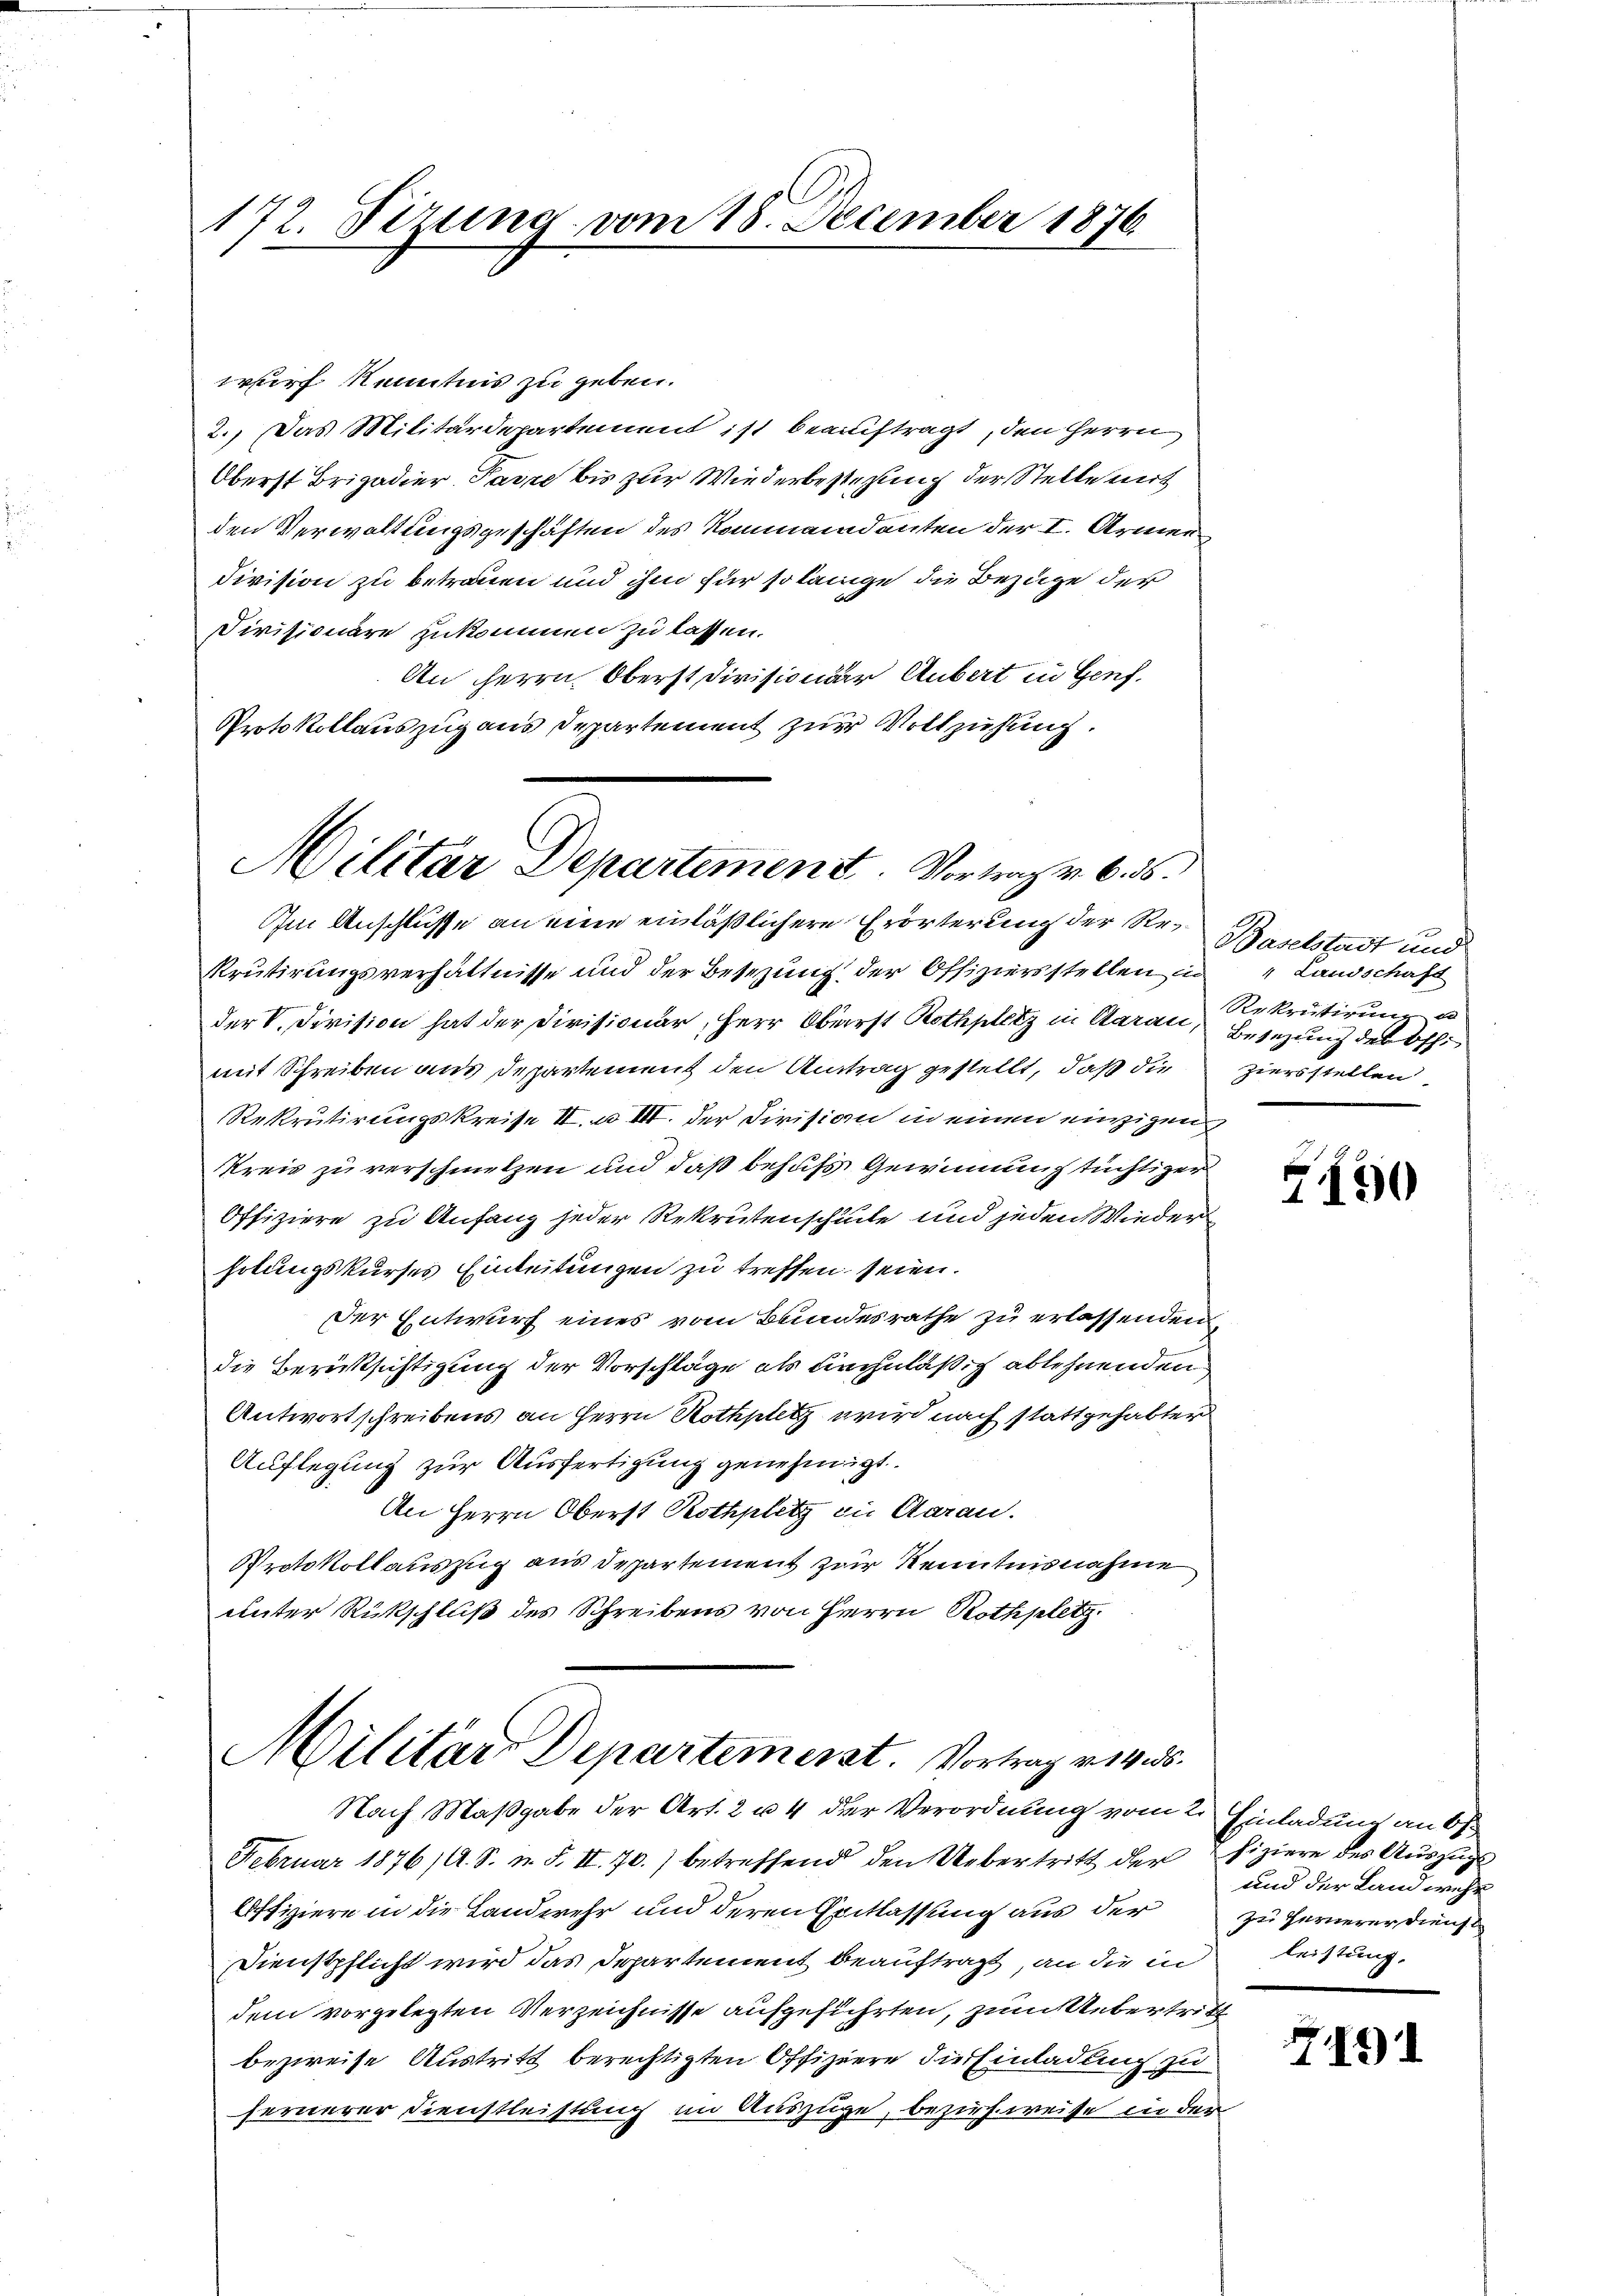
172. Tizung vom 18. December 1876

wurf kenntnis zu geben.
2.) Das Militärdepartement ist beauftragt, den Herrn
Oberst Brigadier Parre bis zur Wiederbestehung der Stelle mit
den Verwaltungsgeschäften des Kommandanten der I. Armen
division zu betrauen und ihm für so länge die Bezüge der
Civisionäre zukommen zu lassen.
An Herrn Oberst Divisionär Anbart in Genf,
Protokollauszug aus Departement zur Vollzustung.

Militar Departement. Vortragen 6. ds.

Militärs Departement. Vortrag v. Ms.
Nach Maßgabe der Art. 2 u. 4 der Verordnung vom 2. Einladung an b

Im Anschlüsse an eine einläßlichere Erörterung der Rekrutirungsverhältnisse und der Besezung der Offiziersstellen in
der V. Division hat der Civisionär, Herr Oberst Rothplatz in Aarau, Besezung der Offimit Schreiben aus Departement den Antrag gestellt, daß die
Rekrutirungskreise II. u. III. der Division in einen einzigen
Kreis zu verschmelzen und daß behufs Gewinnung tüchtiger
Offiziere zu Anfang jeder Rekrutenschule und jeden Wieder
holungskurses Einleitungen zu treffen seien.
Der Entwurf eines vom Bundesrathe zu erlassenden
die Berücksichtigung der Vorschläge als Rechnläßig ablehnenden
Antwortschreibens an Herrn Rothplatz wird nach stattgehabter
Auflegung zur Ausfertigung genehmigt.
An Herrn Oberst Rothplatz in Aarau
Protokollauszug aus Departement zur Kenntnisnahme
unter Rückschluß des Schreibens von Herrn Rothplatz.

Baselstadt und
" Landschaft
Rekrutirung d
ziersstellen

Februar 1876, A. S. u. F. II. 70.) betreffend den Uebertritt der fiziere des Auszugs
Offiziere in die Landwehr und deren Entlassung aus der
Dienstpflicht wird das Departement beauftragt, an die in leistung,
dem vorgelegten Verzeichnisse aufgeführten, zum Uebertritt
bezweise Austritt berechtigten Offiziere die Einladung zu
fernerer Dienstleistung im Auszüge, bezirfweise in der

G150

und der Lam wese
zu fernerer dienst

7191